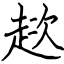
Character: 趑